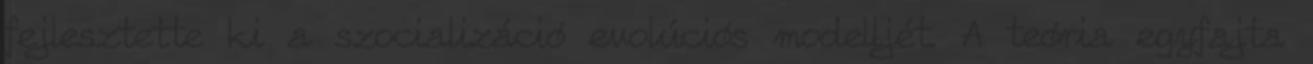
fejlesztette ki a szocializáció evolúciós modelljét. A teória egyfajta